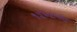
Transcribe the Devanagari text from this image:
१५६९च्या